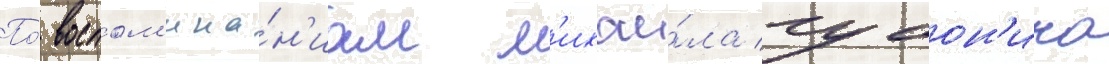
По́ воспом'ина́н'иам м'ихаи́ла губон'ина